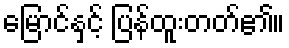
မြောင်နှင့် ပြန်ထူးတတ်၏။